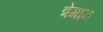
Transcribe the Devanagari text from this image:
त्रेगाम